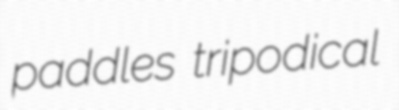
paddles tripodical